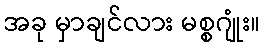
အခု မှာချင်လား မစ္စဂျုံး။